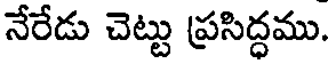
నేరేడు చెట్టు ప్రసిద్ధము.